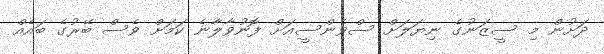
ދަށުން މި ސީޒަނުގެ ނިޔަލަށް ސްވެންސީއަށް ފޮނުވާލާނެ ކަމަށް ވެސް ބޭރުގެ ބައެއް